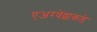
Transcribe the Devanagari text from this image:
एअरवेझकडे